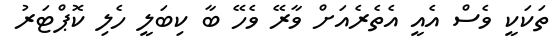
ތަކަކީ ވެސް އެއީ އެތެރެއަށް ވާރޭ ވެހޭ ބާ ކިބަލީ ހެލި ކޮޕްޓަރު